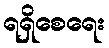
ရရှိစေရေး